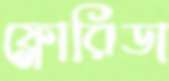
ফ্লোরিডা